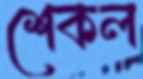
শেকল